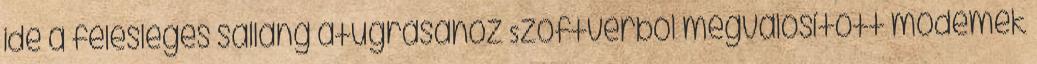
ide a felesleges sallang átugrásához Szoftverből megvalósított modemek